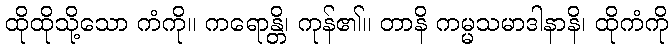
ထိုထိုသို့သော ကံကို။ ကရောန္တိ၊ ကုန်၏။ တာနိ ကမ္မသမာဒါနာနိ၊ ထိုကံကို